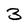
Character: 3